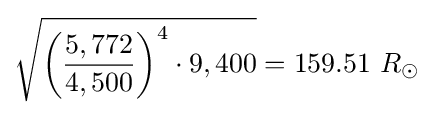
{\sqrt {{\biggl (}{\frac {5,772}{4,500}}{\biggr )}^{4}\cdot 9,400}}=159.51\ R_{\odot }